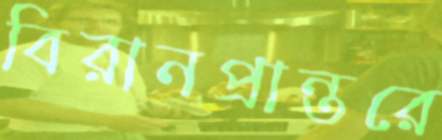
বিরানপ্রান্তরে